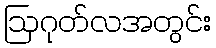
ဩဂုတ်လအတွင်း